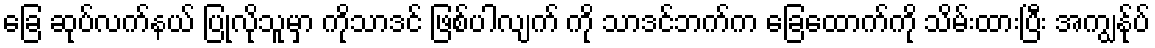
ခြေ ဆုပ်လက်နယ် ပြုလိုသူမှာ ကိုသာဒင် ဖြစ်ပါလျက် ကို သာဒင်ဘက်က ခြေထောက်ကို သိမ်းထားပြီး အကျွန်ုပ်